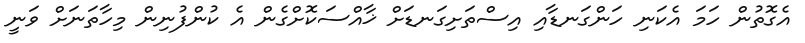
އެގޮތުން ހަމަ އެކަނި ހަންގަނޑާއި އިސްތަށިގަނޑަށް ޚާއްސަކޮށްގެން އެ ކުންފުނިން މިހާތަނަށް ވަނީ